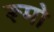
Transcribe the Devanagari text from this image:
रूमो